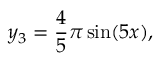
y _ { 3 } = \frac { 4 } { 5 } \pi \sin ( 5 x ) ,